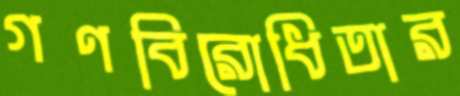
গণবিরোধিতার